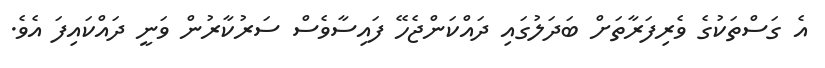
އެ ގަސްތަކުގެ ވެރިފަރާތަށް ބަދަލުގައި ދައްކަންޖެހޭ ފައިސާވެސް ސަރުކާރުން ވަނީ ދައްކައިފަ އެވެ.